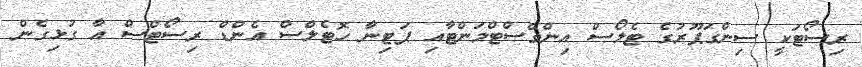
ރިސޯޓަކީ ސިންގަޕޫރުގެ ޓެލޯސް އިންވެސްޓްމަންޓާއި ޕަޓިނާ ހޮޓެލްސް އެންޑް ރިސޯޓްސް އާ ގުޅިގެން